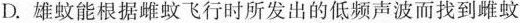
D.雄蚊能根据雌蚊飞行时所发出的低频声波而找到雌蚊